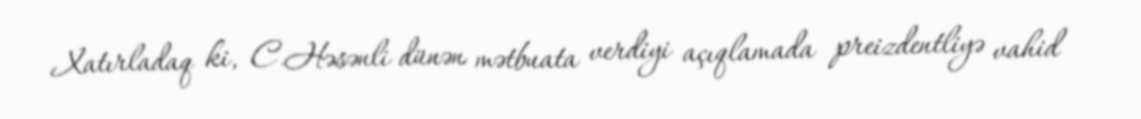
Xatırladaq ki, C.Həsənli dünən mətbuata verdiyi açıqlamada preizdentliyə vahid